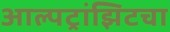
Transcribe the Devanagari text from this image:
आल्पट्रांझिटचा